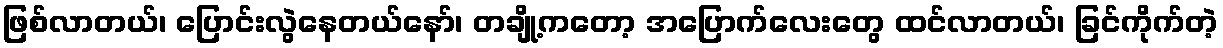
ဖြစ်လာတယ်၊ ပြောင်းလွဲနေတယ်နော်၊ တချို့ကတော့ အပြောက်လေးတွေ ထင်လာတယ်၊ ခြင်ကိုက်တဲ့